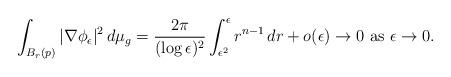
LaTeX: \begin{align*} \int_{B_r(p)} | \nabla \phi_{\epsilon} |^2\, d\mu_g = \frac{2\pi}{(\log \epsilon)^2} \int_{\epsilon^2}^{\epsilon} r^{n-1} \, dr + o (\epsilon) \to 0 \mbox{ as } \epsilon \to 0. \end{align*}